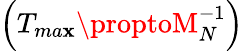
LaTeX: \left(T_{ma\mathbf{x}}\proptoM_{N}^{-1}\right)